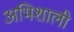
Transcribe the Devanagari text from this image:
अभिशाली